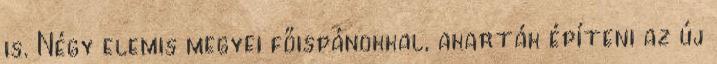
is. Négy elemis megyei főispánokkal, akarták építeni az új